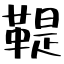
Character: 鞮